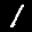
Label: 1